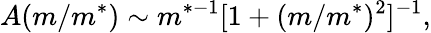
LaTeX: A(m/m^{*})\sim m^{*-1}[1+(m/m^{*})^{2}]^{-1},